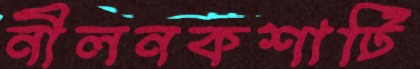
নীলনকশাটি